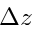
\Delta z